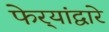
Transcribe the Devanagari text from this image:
फेर्‍यांद्वारे